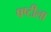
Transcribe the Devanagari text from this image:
षष्टीला